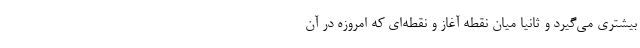
بیشتری می‌گیرد و ثانیاً میان نقطه آغاز و نقطه‌ای که امروزه در آن